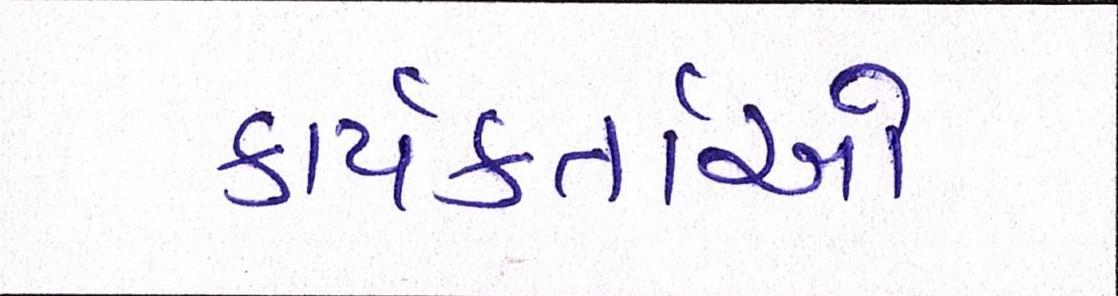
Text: કાર્યકર્તાઓ